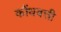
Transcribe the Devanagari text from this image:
कौंधबत्ती